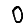
Digit: 0